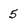
Character: 5